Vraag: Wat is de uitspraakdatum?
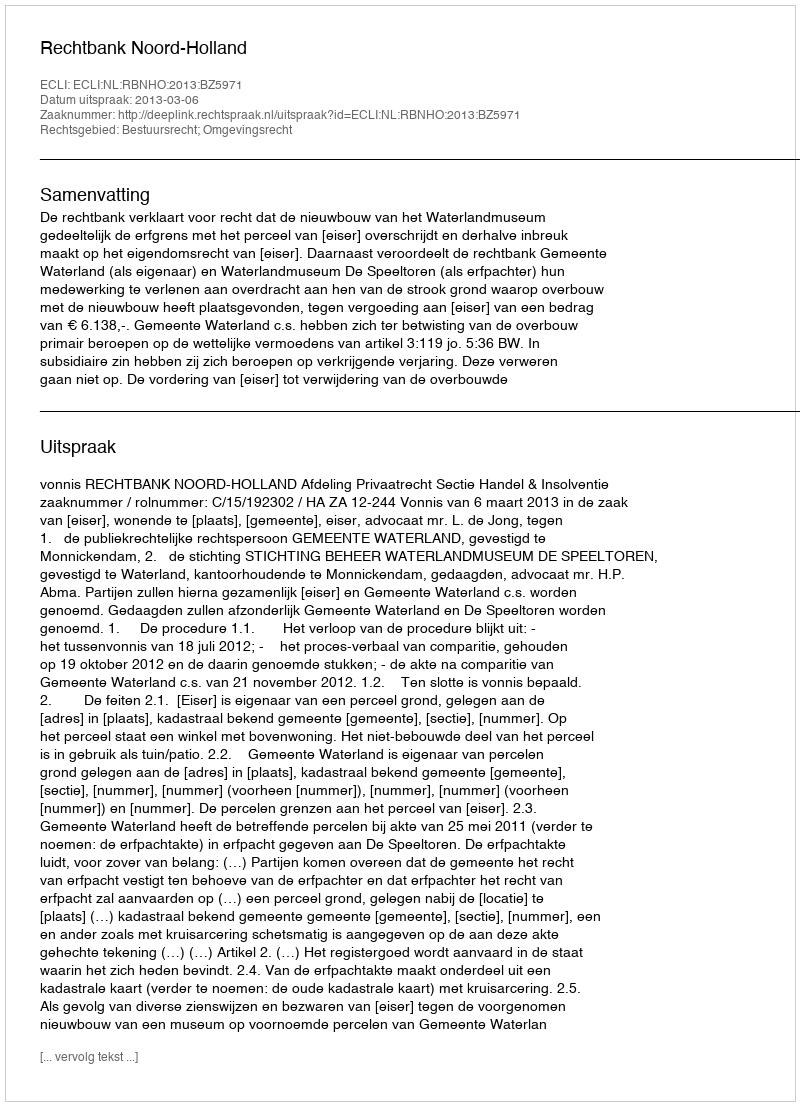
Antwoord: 2013-03-06